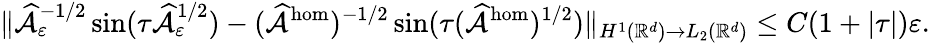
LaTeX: \| \widehat{\mathcal{A}}_{\varepsilon}^{-1/2}\sin(\tau\widehat{\mathcal{A}}_{\varepsilon}^{1/2})-(\widehat{\mathcal{A}}^{\mathrm{hom}})^{-1/2}\sin(\tau(\widehat{\mathcal{A}}^{\mathrm{hom}})^{1/2})\| _{H^{1}(\mathbb{R}^{d})\to L_{2}(\mathbb{R}^{d})}\le C(1+|\tau|)\varepsilon.